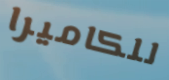
للكاميرا